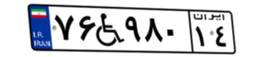
۷۶W۹۸۰۱۴